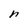
Character: n